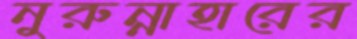
নুরুন্নাহারের